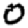
Digit: 0